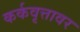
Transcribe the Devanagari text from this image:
कर्कवृत्तावर